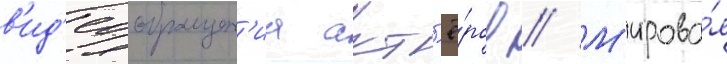
в'ид'еообращен'иа акт'ё́ров // М'ирова́я